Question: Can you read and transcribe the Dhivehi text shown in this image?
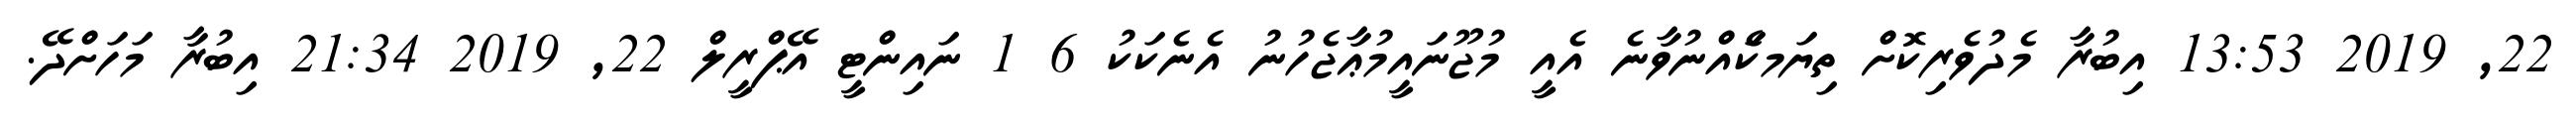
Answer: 22, 2019 13:53 އިބުރާ މެދުވެރިކޮށް ތިޔަމކަެއްނުވާނެ އެއީ މުޖޫނައީމުޢާޖެހުނު އެނެކަކު 6 1 ނައިންޓީ އޭޕްރީލް 22, 2019 21:34 އިބުރާ މަހަށްދޭ.